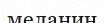
меланин